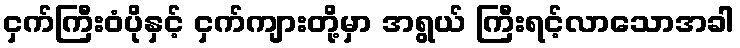
ငှက်ကြီးဝံပိုနှင့် ငှက်ကျားတို့မှာ အရွယ် ကြီးရင့်လာသောအခါ